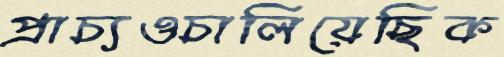
প্রাচ্যওচালিয়েছিক